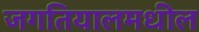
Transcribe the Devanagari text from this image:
जगतियालमधील